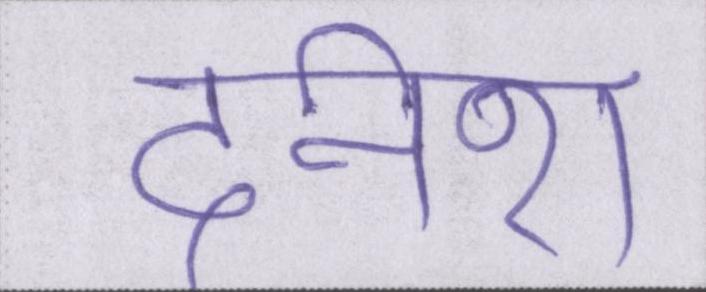
दिनेश